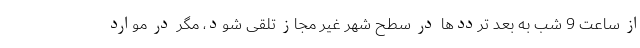
از ساعت 9 شب به بعد ترددها در سطح شهر غیر مجاز تلقی شود، مگر در موارد